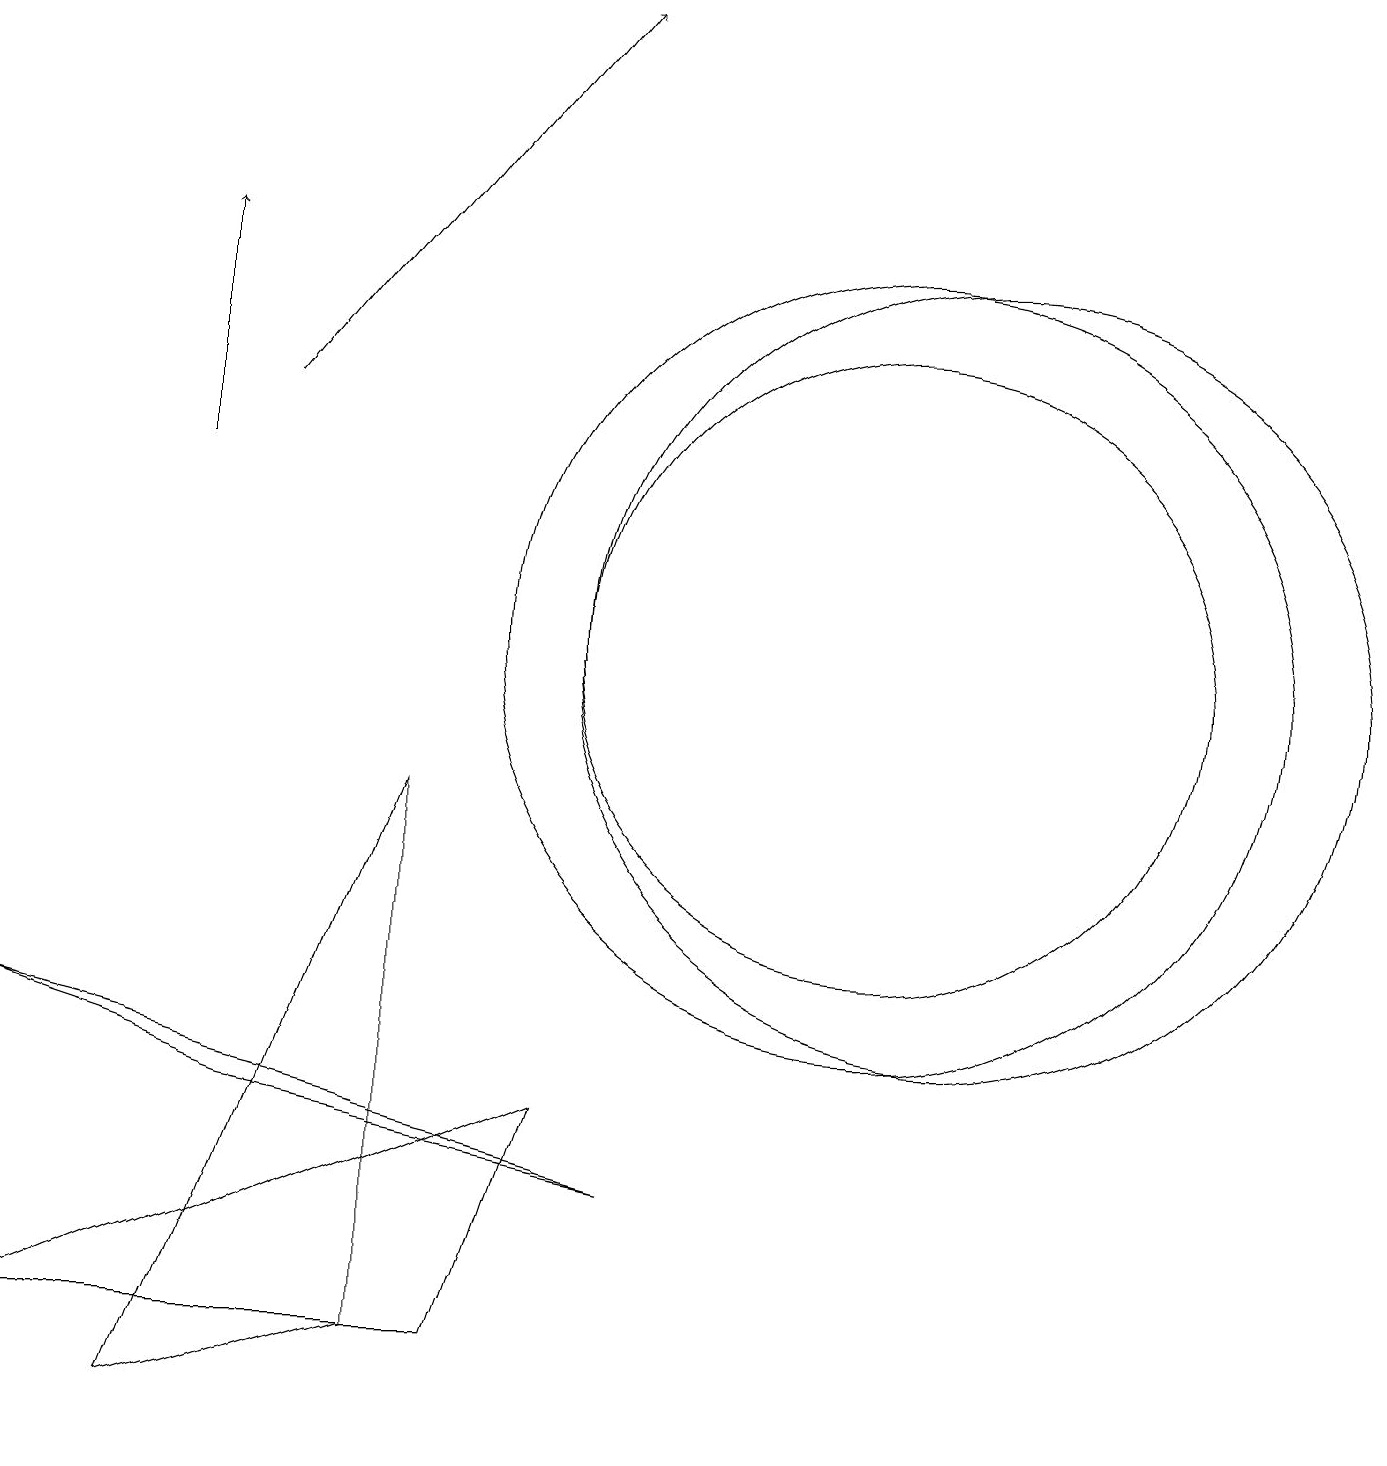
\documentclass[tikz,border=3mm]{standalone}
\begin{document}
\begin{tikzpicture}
\draw (2,0) -- (5,8) -- (5,1) -- cycle;
\draw[->] (2,12) -- (2,15);
\draw (12,10) circle (5);
\draw (7,4) -- (0,1) -- (6,1) -- cycle;
\draw (8,3) -- (3,4) -- (0,5) -- cycle;
\draw (11,10) circle (4);
\draw (11,10) circle (5);
\draw[->] (3,13) -- (7,18);
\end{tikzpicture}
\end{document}